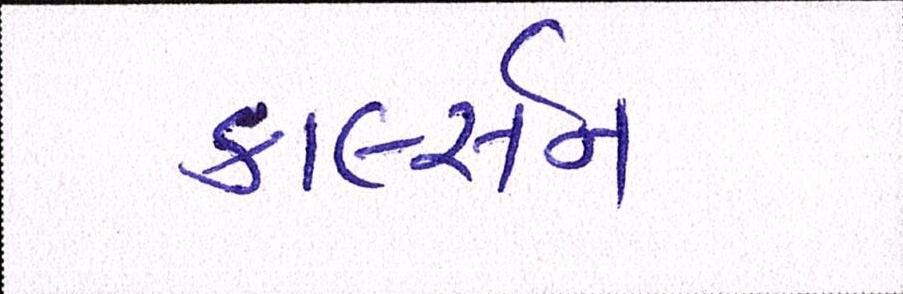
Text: કાર્લ્સન